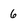
Character: 6